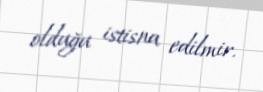
olduğu istisna edilmir.